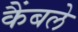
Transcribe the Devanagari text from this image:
कैंबले